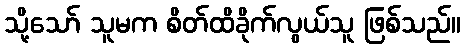
သို့သော် သူမက စိတ်ထိခိုက်လွယ်သူ ဖြစ်သည်။